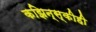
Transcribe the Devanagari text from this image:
कझिन्स्कीही